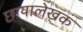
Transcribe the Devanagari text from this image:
छायालेखक